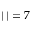
| { \bf \omega } | = 7